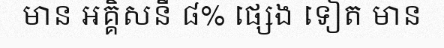
មាន អគ្គិសនី ៨% ផ្សេង ទៀត មាន